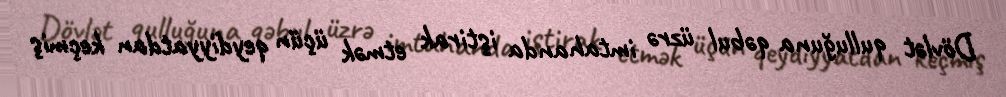
Dövlət qulluğuna qəbul üzrə imtahanda iştirak etmək üçün qeydiyyatdan keçmiş